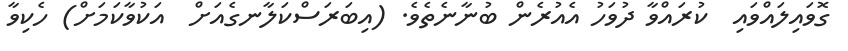
ގޮވައިލައްވައި  ކުރައްވާ ދުވަހު އެއުރެން ބުނާނެތެވެ. (އިބަރަސްކަލާނގެއަށް  އަކުވާކަމަށް) ހެކިވާ